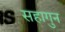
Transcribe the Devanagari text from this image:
सहागुन